Report of the Imperial Institute of Veterinary Research, Muktesar
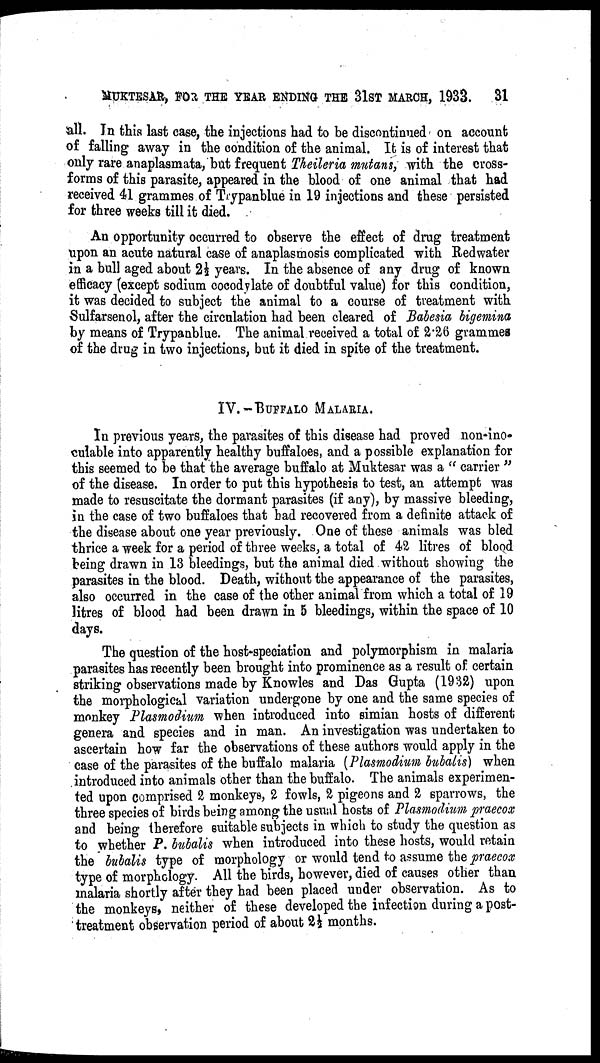
MUKTESAR, FOR THE YEAR ENDING THE 31ST MARCH, 1933. 31
all. In this last case, the injections had to be discontinued on account
of falling away in the condition of the animal. It is of interest that
only rare anaplasmata, but frequent Theileria mutans, with the cross-
forms of this parasite, appeared in the blood of one animal that had
received 41 grammes of Trypanblue in 19 injections and these persisted
for three weeks till it died.
An opportunity occurred to observe the effect of drug treatment
upon an acute natural case of anaplasmosis complicated with Redwater
in a bull aged about 2½ years. In the absence of any drug of known
efficacy (except sodium cocodylate of doubtful value) for this condition,
it was decided to subject the animal to a course of treatment with
Sulfarsenol, after the circulation had been cleared of Babesia bigemina
by means of Trypanblue. The animal received a total of 2.26 grammes
of the drug in two injections, but it died in spite of the treatment.
IV.—BUFFALO MALARIA.
In previous years, the parasites of this disease had proved non-ino¬
culable into apparently healthy buffaloes, and a possible explanation for
this seemed to be that the average buffalo at Muktesar was a " carrier "
of the disease. In order to put this hypothesis to test, an attempt was
made to resuscitate the dormant parasites (if any), by massive bleeding,
in the case of two buffaloes that bad recovered from a definite attack of
the disease about one year previously. One of these animals was bled
thrice a week for a period of three weeks, a total of 42 litres of blood
being drawn in 13 bleedings, but the animal died without showing the
parasites in the blood. Death, without the appearance of the parasites,
also occurred in the case of the other animal from which a total of 19
litres of blood had been drawn in 5 bleedings, within the space of 10
days.
The question of the host-speciation and polymorphism in malaria
parasites has recently been brought into prominence as a result of certain
striking observations made by Knowles and Das Gupta (1932) upon
the morphological variation undergone by one and the same species of
monkey Plasmodium when introduced into simian hosts of different
genera and species and in man. An investigation was undertaken to
ascertain how far the observations of these authors would apply in the
case of the parasites of the buffalo malaria (Plasmodium bubalis) when
introduced into animals other than the buffalo. The animals experimen-
ted upon comprised 2 monkeys, 2 fowls, 2 pigeons and 2 sparrows, the
three species of birds being among the usual hosts of Plasmodium praecox
and being therefore suitable subjects in which to study the question as
to whether P. bubalis when introduced into these hosts, would retain
the bubalis type of morphology or would tend to assume the praecox
type of morphology. All the birds, however, died of causes other than
malaria shortly after they had been placed under observation. As to
the monkeys, neither of these developed the infection during a post-
treatment observation period of about 2½ months.